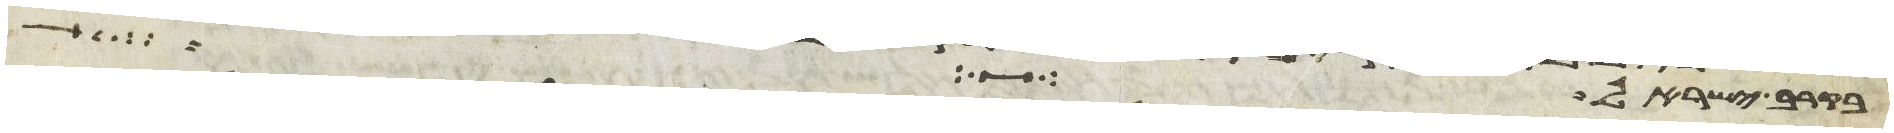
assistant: בקרב ישראל